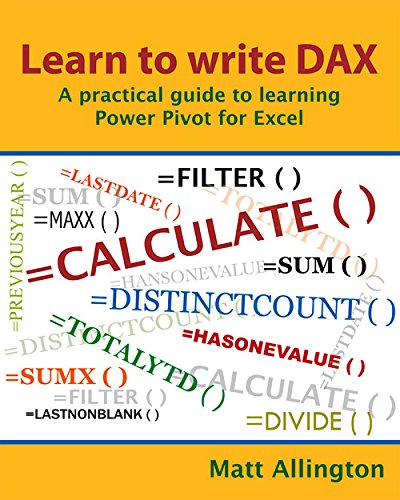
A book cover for Learn to Write DAX: A practical guide to learning Power Pivot for Excel; Matt Allington; Computers & Technology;